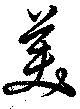
美